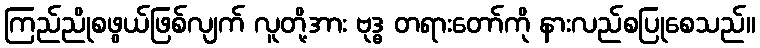
ကြည်ညိုစဖွယ်ဖြစ်လျက် လူတို့အား ဗုဒ္ဓ တရားတော်ကို နားလည်စပြုစေသည်။